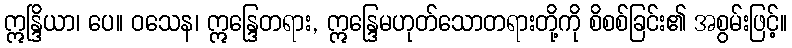
ဣန္ဒြိယာ၊ ပေ။ ဝသေန၊ ဣန္ဒြေတရား, ဣန္ဒြေမဟုတ်သောတရားတို့ကို စိစစ်ခြင်း၏ အစွမ်းဖြင့်။